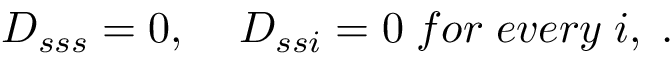
D _ { s s s } = 0 , \; \; \; \; D _ { s s i } = 0 \; f o r \; e v e r y \; i , \; .